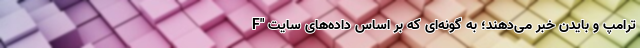
ترامپ و بایدن خبر می‌دهند؛ به گونه‌ای که بر اساس داده‌های سایت "F